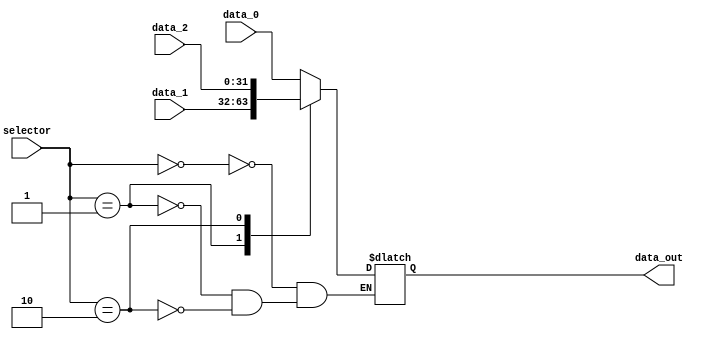
/*
    MUX_A seleciona a sada:
    - P+4
    - Valor do registrador A 
*/

module mux_A(
    input wire [1:0] selector,
    input wire [31:0] data_0,
    input wire [31:0] data_1,
    input wire [31:0] data_2,
    output reg [31:0] data_out
);

    always @(*) begin
        case(selector)
            2'b00: data_out = data_0;
            2'b01: data_out = data_1;
            2'b10: data_out = data_2;
        endcase
    end

endmodule